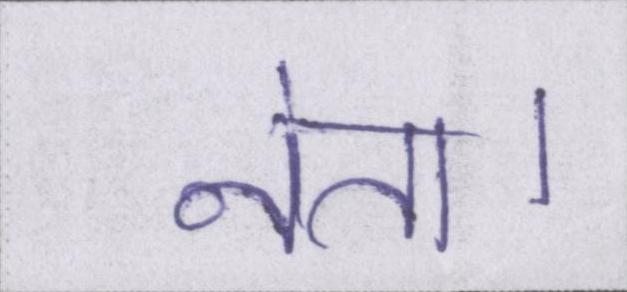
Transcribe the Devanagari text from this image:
नेता।